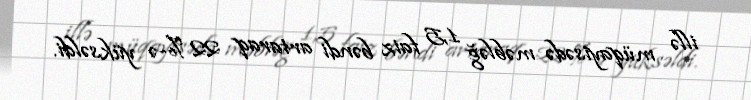
illə müqayisədə məbləğ 1,5 faiz bəndi artaraq 22 %-ə yüksəldi.